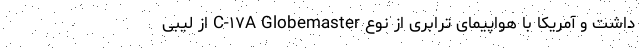
داشت و آمریکا با هواپیمای ترابری از نوع C-۱۷A Globemaster از لیبی